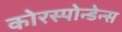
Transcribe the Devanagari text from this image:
कोरस्पोन्डेन्स